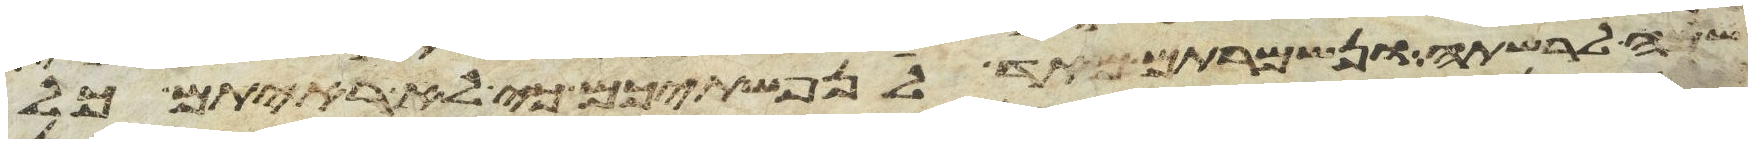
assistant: שמה לרשתה ונשמרתם מאד לנפשתיכם כי לא ראיתם כל